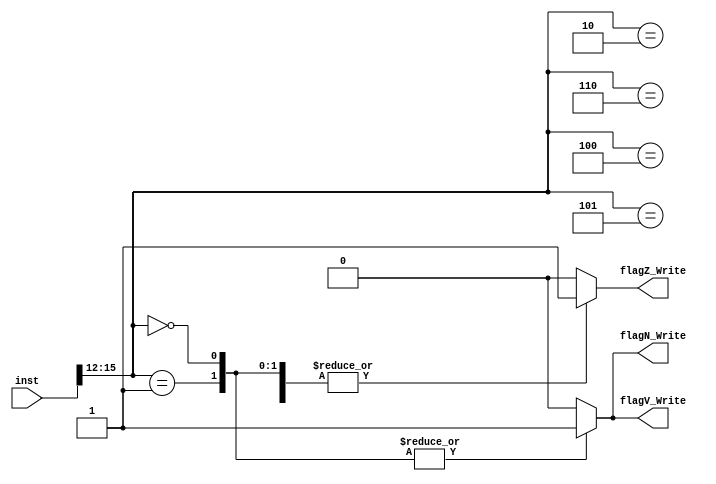
module flagWriteSelect(inst,flagZ_Write, flagV_Write, flagN_Write);

  // ports
  input wire [15:0] inst;
  output reg flagZ_Write, flagV_Write, flagN_Write;

  // internal
  reg error;
 
  always @(inst) begin
    case (inst[15:12])
      // Add,     Sub
      4'b0000, 4'b0001: begin
                  flagZ_Write = 1;
                  flagV_Write = 1;
                  flagN_Write = 1;
                  error = 0;
             end
      // XOR,     SLL,    SRA,      ROR
      4'b0010, 4'b0100, 4'b0101, 4'b0110: begin
                  flagZ_Write = 1;
                  flagV_Write = 0;
                  flagN_Write = 0;
                  error = 0;
             end
      
      default: begin
        // every other instruction cannot change flags
        flagZ_Write = 0;
        flagV_Write = 0;
        flagN_Write = 0;
        error=1; // Default case

      end 
    endcase
  end

endmodule